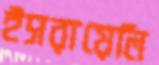
ইসরায়েলি